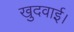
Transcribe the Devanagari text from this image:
खुदवाई।